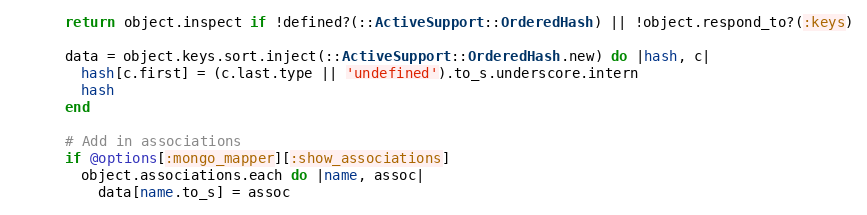
Language: Ruby
      return object.inspect if !defined?(::ActiveSupport::OrderedHash) || !object.respond_to?(:keys)

      data = object.keys.sort.inject(::ActiveSupport::OrderedHash.new) do |hash, c|
        hash[c.first] = (c.last.type || 'undefined').to_s.underscore.intern
        hash
      end

      # Add in associations
      if @options[:mongo_mapper][:show_associations]
        object.associations.each do |name, assoc|
          data[name.to_s] = assoc